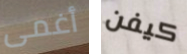
أغمى كيفن